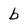
Character: b